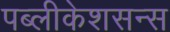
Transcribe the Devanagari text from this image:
पब्लीकेशसन्स